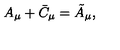
A _ { \mu } + \bar { C } _ { \mu } = \tilde { A } _ { \mu } ,